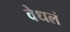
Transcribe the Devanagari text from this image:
वेधलं